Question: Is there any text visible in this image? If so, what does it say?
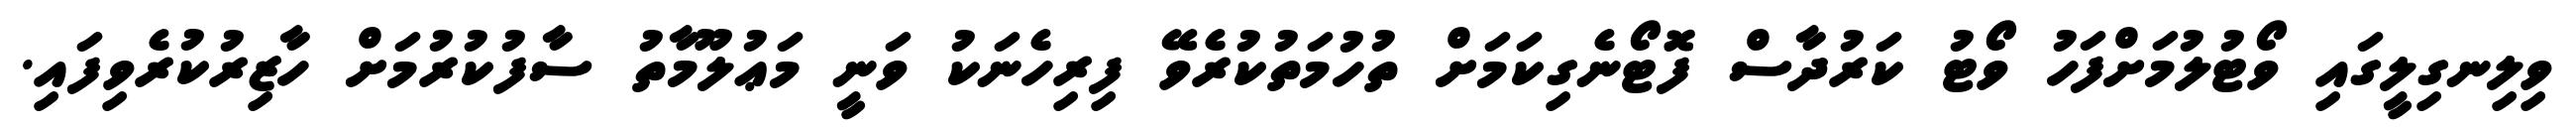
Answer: ވިލިނގިލީގައި ވޯޓުލުމަށްފަހު ވޯޓު ކަރުދާސް ފޮޓޯނެގިކަމަށް ތުހުމަތުކުރެވޭ ފިރިހެނަކު ވަނީ މަޢުލޫމާތު ސާފުކުރުމަށް ހާޒިރުކުރެވިފައި.